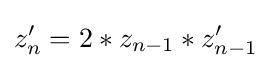
z'_{n}=2*z_{n-1}*z'_{n-1}